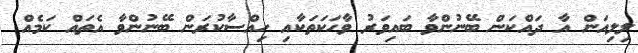
ލިލިއަން އާ ދައްކަން ބޭނުންވާ ބައިވަރު ވާހަކަތަކާއި ހިއްސާކުރަން ބޭނުންވާ އެތައް ކަމެއް